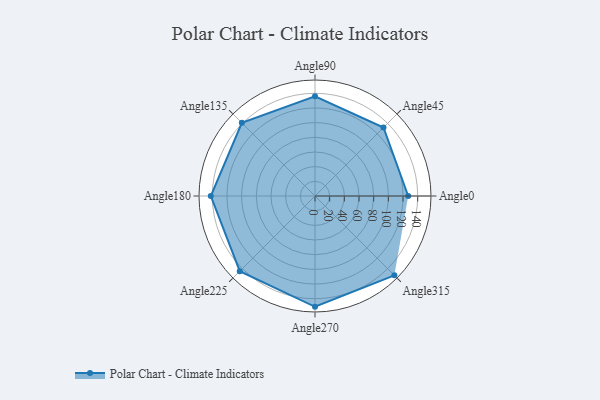
{"axis": {"x": "Angle", "y": "Radius"}, "legend": [""], "data": [{"x": "Angle0", "y": 127.0, "type": ""}, {"x": "Angle45", "y": 132.0, "type": ""}, {"x": "Angle90", "y": 136.0, "type": ""}, {"x": "Angle135", "y": 141.0, "type": ""}, {"x": "Angle180", "y": 142.0, "type": ""}, {"x": "Angle225", "y": 145.0, "type": ""}, {"x": "Angle270", "y": 151.0, "type": ""}, {"x": "Angle315", "y": 153.0, "type": ""}]}